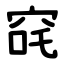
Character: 䆛